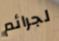
لجرائم